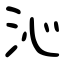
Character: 沁